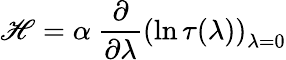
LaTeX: \mathscr{H}=\alpha\ \frac{{\partial}}{{\partial\lambda}}\left(\ln\tau(\lambda)\right)_{\lambda=0}